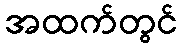
အထက်တွင်